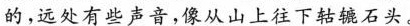
的，远处有些声音，像从山上往下轱辘石头。